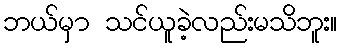
ဘယ်မှာ သင်ယူခဲ့လည်းမသိဘူး။